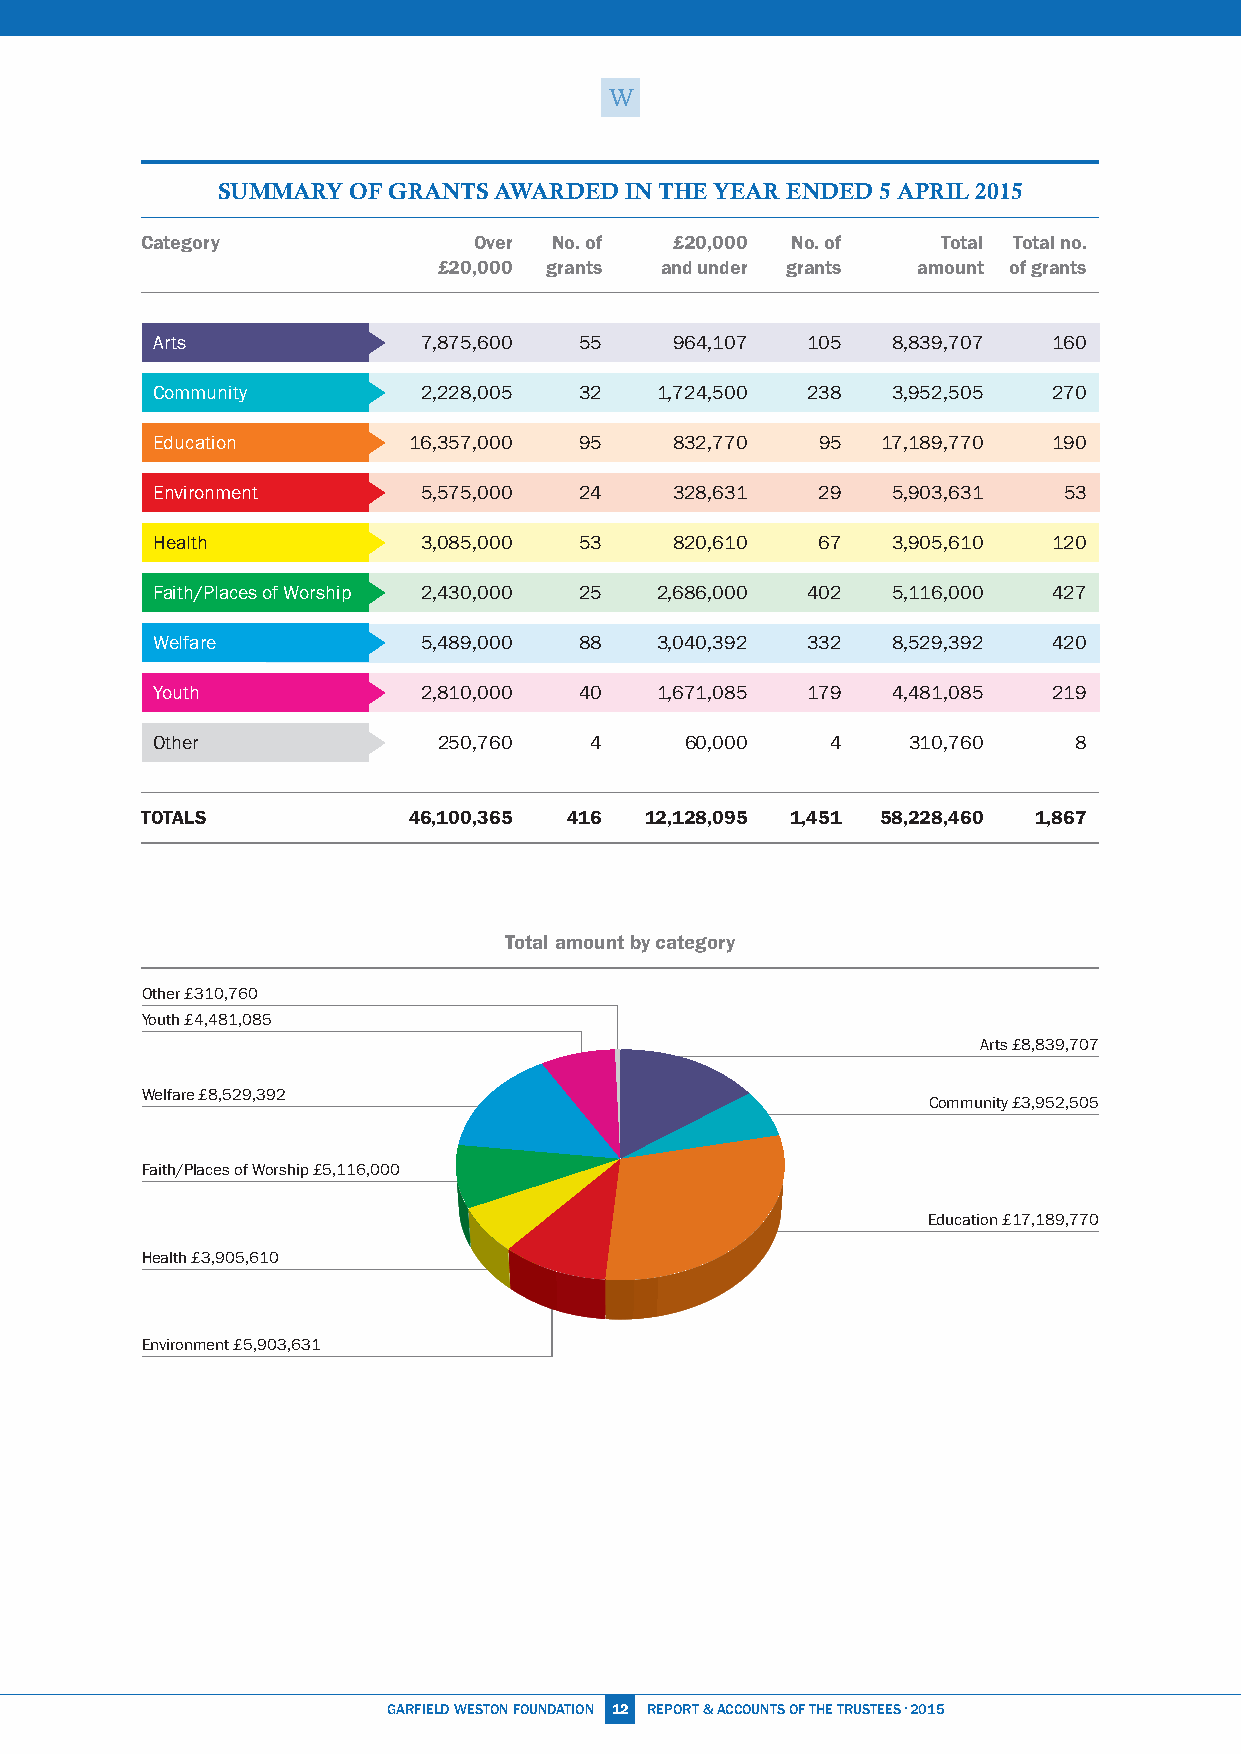
SuMMARY  OF gRANTS AWARDED IN ThE YEAR ENDED 5 APRIl 2015
 Category              Over No. of   £20,000 No. of   Total Total no.
 £20,000 grants and under grants amount of grants
 Arts              7,875,600 55     964,107 105   8,839,707  160
 Community         2,228,005 32   1,724,500 238   3,952,505  270
 Education        16,357,000 95     832,770  95  17,189,770  190
 Environment       5,575,000 24     328,631  29   5,903,631  53
 Health            3,085,000 53     820,610  67   3,905,610  120
 Faith/Places of Worship 2,430,000 25 2,686,000 402 5,116,000 427
 Welfare           5,489,000 88   3,040,392 332   8,529,392  420
 Youth             2,810,000 40   1,671,085 179   4,481,085  219
 Other              250,760   4     60,000    4    310,760    8
 TOTALS            46,100,365 416  12,128,095 1,451 58,228,460 1,867
 Total amount by category
 Other £310,760
 Youth £4,481,085
 Arts £8,839,707
 Welfare £8,529,392
 Community £3,952,505
 Faith/Places of Worship £5,116,000
 Education £17,189,770
 Health £3,905,610
 Environment £5,903,631
 GARFiEld WESTON FOUNdATiON 12 REPORT & ACCOUNTS OF THE TRUSTEES · 2015